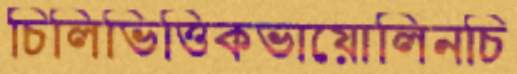
চিলিভিত্তিকভায়োলিনচি